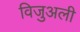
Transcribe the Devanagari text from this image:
विजुअली